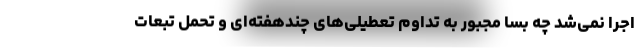
اجرا نمی‌شد چه بسا مجبور به تداوم تعطیلی‌های چندهفته‌ای و تحمل تبعات